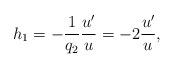
LaTeX: \begin{align*} h_1=-\frac{1}{q_2}\frac{u' }{u}=-2\frac{u' }{u},\end{align*}